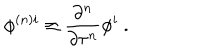
\phi ^ { { ( n ) } i } \equiv \frac { \partial ^ { n } } { \partial \tau ^ { n } } \phi ^ { i } \ .